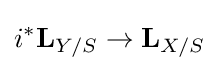
i^{*}\mathbf {L} _{Y/S}\to \mathbf {L} _{X/S}